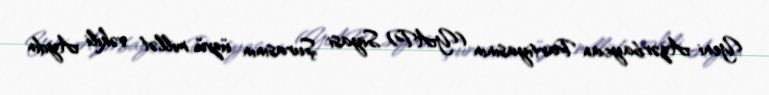
Yeni Azərbaycan Partiyasının (YAP) Siyasi Şurasının üzvü, millət vəkili Aydın